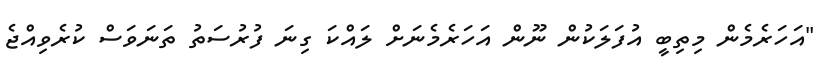
"އަހަރެމެން މިތިބީ އުފަލަކުން ނޫން އަހަރެމެނަށް ލައްކަ ގިނަ ފުރުސަތު ތަނަވަސް ކުރެވިއްޖެ